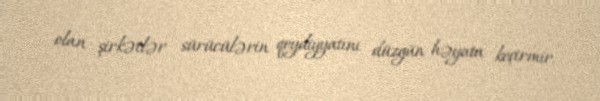
olan şirkətlər sürücülərin qeydiyyatını düzgün həyata keçirmir.